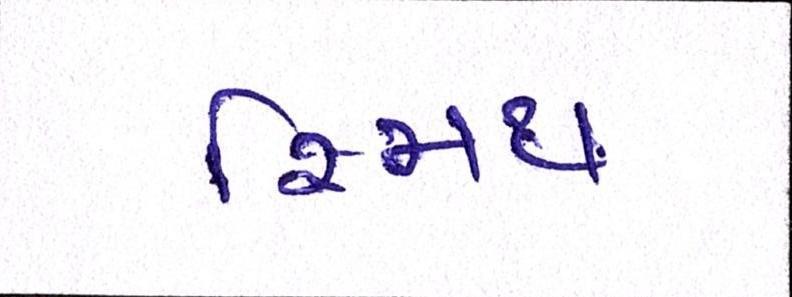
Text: સ્મિથ